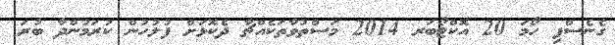
ގެނެސްފި ހޯމަ 20 އޮކްޓޯބަރ 2014 މަސްތުވާތަކެއްޗާ ދެކޮޅަށް ފުލުހުން ކުރަމުންދާ ބުރަ